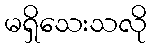
မရှိသေးသလို